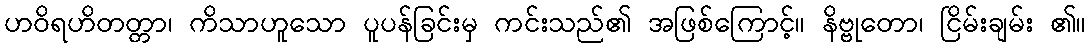
ဟဝိရဟိတတ္တာ၊ ကိသာဟူသော ပူပန်ခြင်းမှ ကင်းသည်၏ အဖြစ်ကြောင့်။ နိဗ္ဗုတော၊ ငြိမ်းချမ်း ၏။